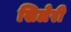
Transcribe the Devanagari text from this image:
सिलेरी